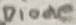
Text: Diode